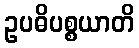
ဥပဓိပစ္စယာတိ